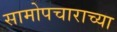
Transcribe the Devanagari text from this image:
सामोपचाराच्या